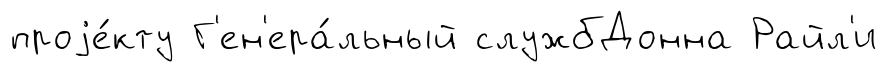
проjе́кту Г'ен'ера́льный службДонна Райл'и